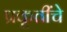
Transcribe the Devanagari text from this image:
प्रकृतींचे